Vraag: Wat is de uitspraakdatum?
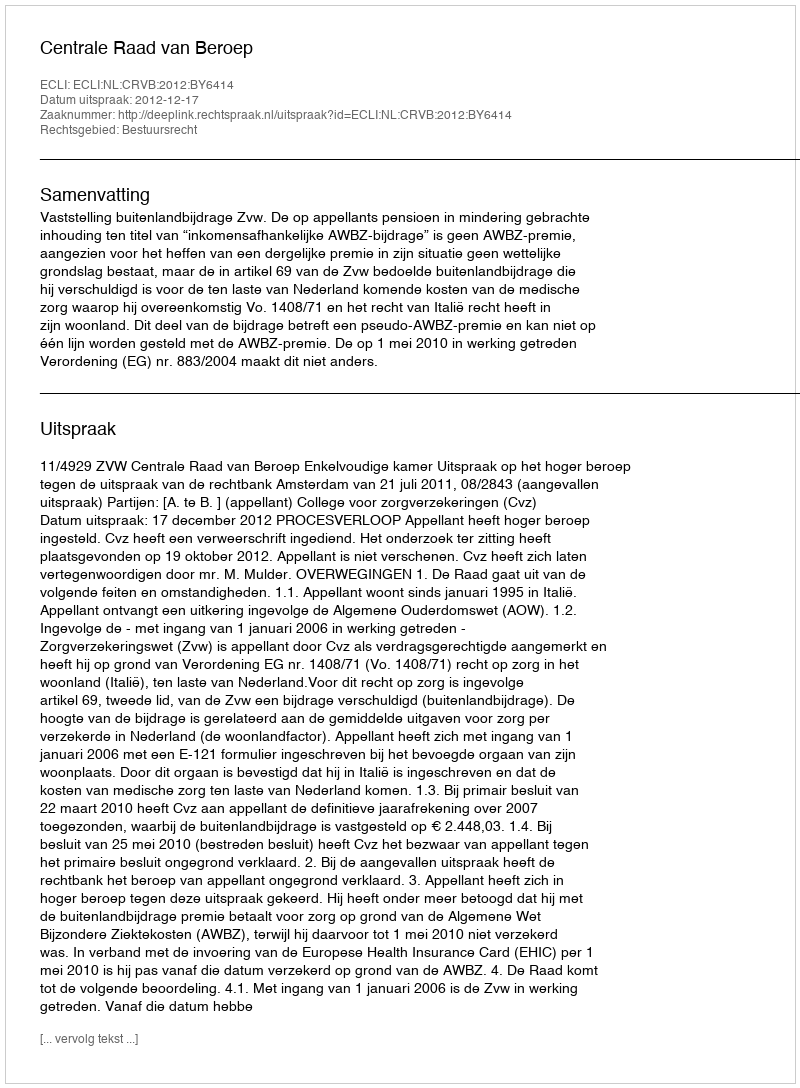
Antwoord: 2012-12-17